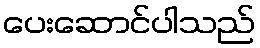
ပေးဆောင်ပါသည်